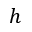
h